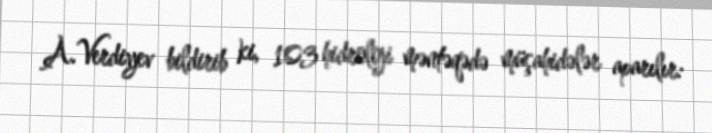
A.Verdiyev bildirib ki, 103 hidroloji məntəqədə müşahidələr aparılır: